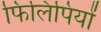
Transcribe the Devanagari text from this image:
फिलिपियों